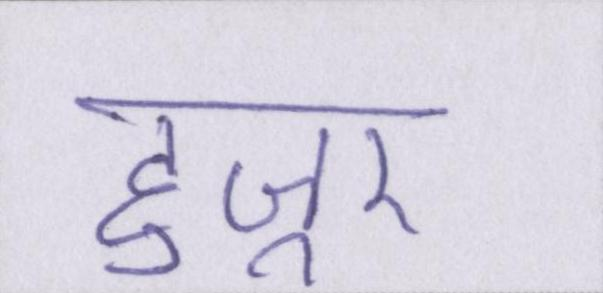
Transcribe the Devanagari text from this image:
हुज़ूर